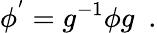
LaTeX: \phi^{'}=g^{-1}\phi g\ \ .